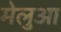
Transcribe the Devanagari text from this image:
मेलुआ